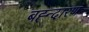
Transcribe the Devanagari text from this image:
बह्न्दारण